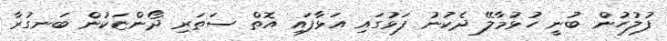
ފުލުހުން ބުނީ ހުޅުމާލޭ ދެކުނު ފަޅުގައި އަޅާފައި އޮތް ސަތަރި ދޯންޏަކުން ބަނގުރާ